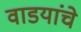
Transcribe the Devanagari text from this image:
वाडयांचे